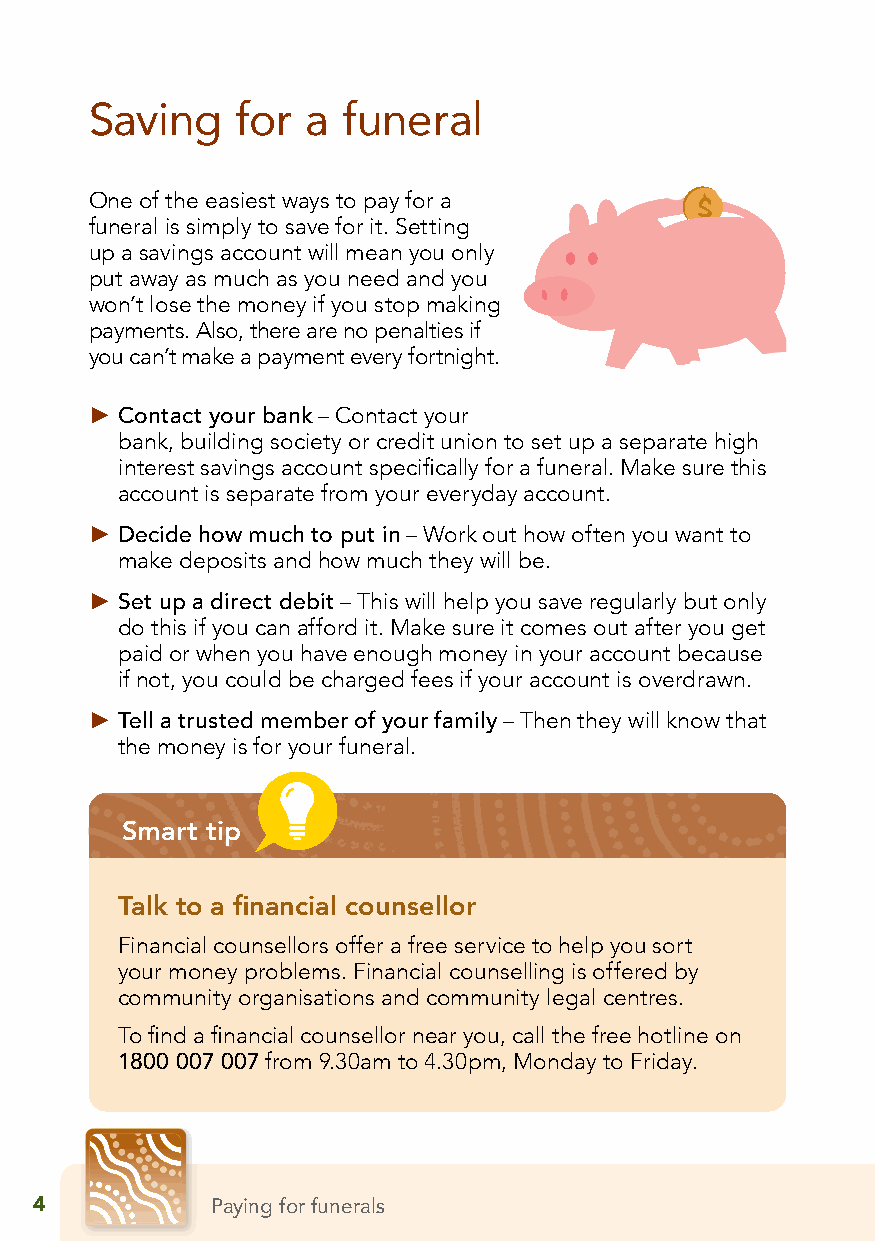
Saving    for a  funeral
 One of the easiest ways to pay for a
 funeral is simply to save for it. Setting
 up a savings account will mean you only
 put away as much as you need and you
 won’t lose the money if you stop making
 payments. Also, there are no penalties if
 you can’t make a payment every fortnight.
 ► Contact your bank – Contact your
 bank, building society or credit union to set up a separate high
 interest savings account specifically for a funeral. Make sure this
 account is separate from your everyday account.
 ► Decide how much to put in – Work out how often you want to
 make deposits and how much they will be.
 ► Set up a direct debit – This will help you save regularly but only
 do this if you can afford it. Make sure it comes out after you get
 paid or when you have enough money in your account because
 if not, you could be charged fees if your account is overdrawn.
 ► Tell a trusted member of your family – Then they will know that
 the money is for your funeral.
 Smart tip
 Talk to a financial counsellor
 Financial counsellors offer a free service to help you sort
 your money problems. Financial counselling is offered by
 community organisations and community legal centres.
 To find a financial counsellor near you, call the free hotline on
 1800 007 007 from 9.30am to 4.30pm, Monday to Friday.
 4           Paying for funerals